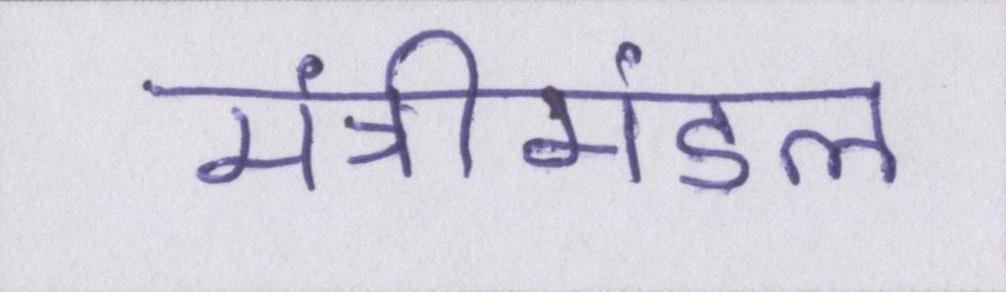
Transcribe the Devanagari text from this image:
मंत्रीमंडल